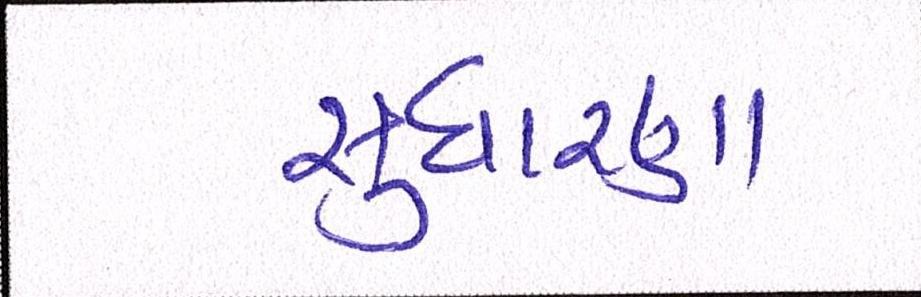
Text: સુધારણા